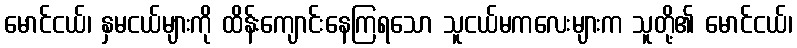
မောင်ငယ်၊ နှမငယ်များကို ထိန်းကျောင်းနေကြရသော သူငယ်မကလေးများက သူတို့၏ မောင်ငယ်၊